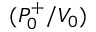
( P _ { 0 } ^ { + } / V _ { 0 } )